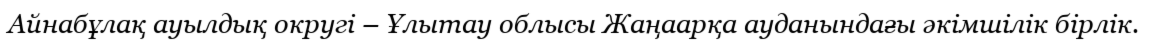
Айнабұлақ ауылдық округі – Ұлытау облысы Жаңаарқа ауданындағы әкімшілік бірлік.